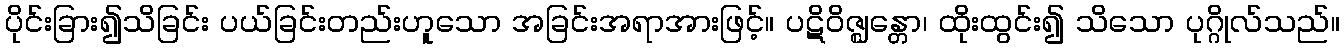
ပိုင်းခြား၍သိခြင်း ပယ်ခြင်းတည်းဟူသော အခြင်းအရာအားဖြင့်။ ပဋိဝိဇ္ဈန္တော၊ ထိုးထွင်း၍ သိသော ပုဂ္ဂိုလ်သည်။